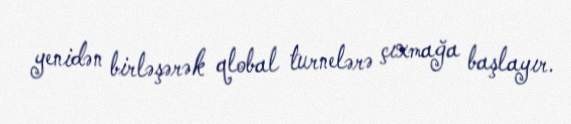
yenidən birləşərək qlobal turnelərə çıxmağa başlayır.